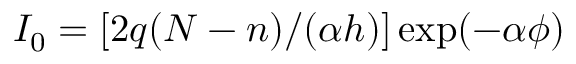
I _ { 0 } = [ 2 q ( N - n ) / ( \alpha h ) ] \exp ( - \alpha \phi )